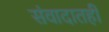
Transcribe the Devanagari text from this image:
संवादातही